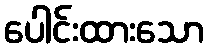
ပေါင်းထားသော